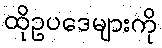
ထိုဥပဒေများကို